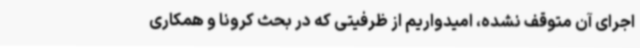
اجرای آن متوقف نشده، امیدواریم از ظرفیتی که در بحث کرونا و همکاری